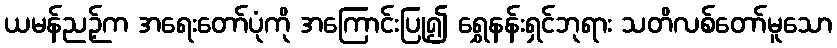
ယမန်ညဉ့်က အရေးတော်ပုံကို အကြောင်းပြု၍ ရွှေနန်းရှင်ဘုရား သတိလစ်တော်မူသော